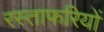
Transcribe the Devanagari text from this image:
रस्ताफरियों